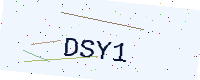
Text: DSY1